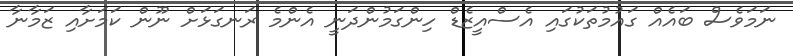
ނަމަވެސް ބައެއް ގައުމުތަކުގައި އެސްއީޒެޑް ހިންގަމުންދަނީ އެންމެ ރަނގަޅަށް ނޫން ކަމަށާއި ޒަމާނާ